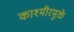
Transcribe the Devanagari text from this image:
काश्मीरमुळे